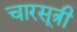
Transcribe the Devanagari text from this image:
चारसूत्री